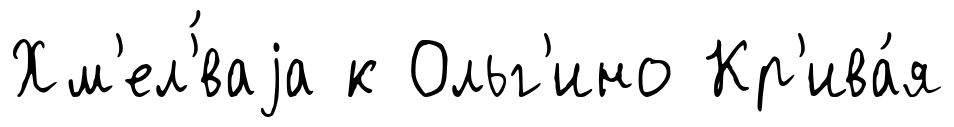
Хм'ел'́ваjа к Ольг'ино Кр'ива́я